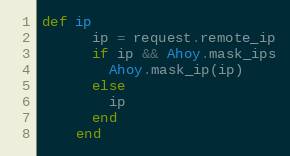
Language: Ruby
def ip
      ip = request.remote_ip
      if ip && Ahoy.mask_ips
        Ahoy.mask_ip(ip)
      else
        ip
      end
    end